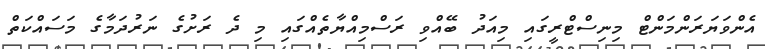
އެންވަޔަރަންމަންޓް މިނިސްޓްރީގައި މިއަދު ބޭއްވި ރަސްމިއްޔާތެއްގައި މި ދެ ރަށުގެ ނަރުދަމާގެ މަސައްކަތް